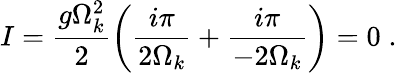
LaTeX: I=\frac{g\Omega_{k}^{2}}{2}\left(\frac{i\pi}{2\Omega_{k}}+\frac{i\pi}{-2\Omega_{k}}\right)=0\; .